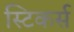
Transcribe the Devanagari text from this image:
स्टिकर्स